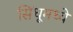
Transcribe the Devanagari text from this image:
सिंधूमध्ये